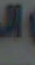
عـ